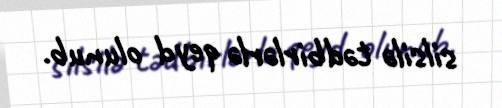
silsilə tədbirlərlə qeyd olunub.